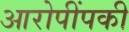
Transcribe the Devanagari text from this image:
आरोपींपकी